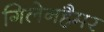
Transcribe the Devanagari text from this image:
गिलेनहैमर